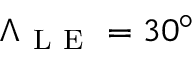
\Lambda _ { \mathrm { ~ L ~ E ~ } } = 3 0 ^ { \circ }